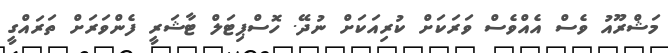
މަޝްރޫއު ވެސް އެއްވެސް ވަރަކަށް ކުރިއަކަށް ނުދޭ. ހޮސްޕިޓަލް ޓާޝަރީ ފެންވަރަށް ތަރައްގީ